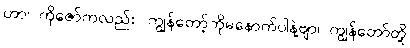
ဟာ၊ ကိုဇော်ကလည်း၊ ကျွန်တော့်ကိုမနောက်ပါနဲ့ဗျာ၊ ကျွန်တော်တို့